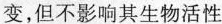
变，但不影响其生物活性